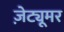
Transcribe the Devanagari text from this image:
ज़ेट्यूमर